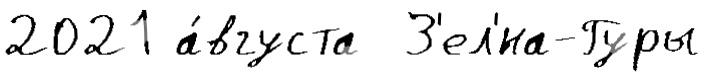
2021 а́вгуста  З'ел'́на-Гуры